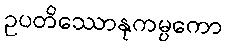
ဥပတိဿောနုကမ္ပကော